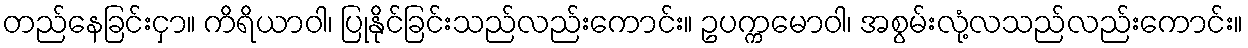
တည်နေခြင်းငှာ။ ကိရိယာဝါ၊ ပြုနိုင်ခြင်းသည်လည်းကောင်း။ ဥပက္ကမောဝါ၊ အစွမ်းလုံ့လသည်လည်းကောင်း။